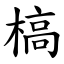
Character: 槁